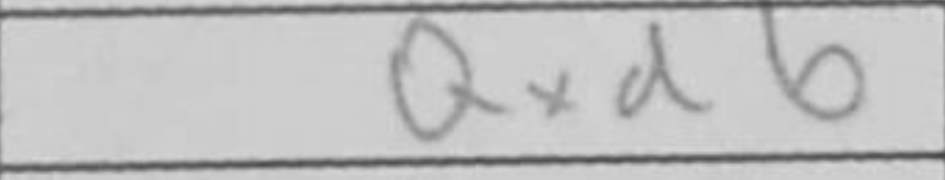
Transcription: Qxd6